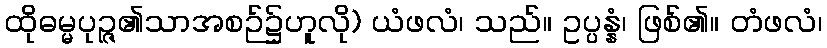
ထိုဓမ္မပုဉ္ဇ၏သာအစဉ်၌ဟူလို) ယံဖလံ၊ သည်။ ဥပ္ပန္နံ၊ ဖြစ်၏။ တံဖလံ၊